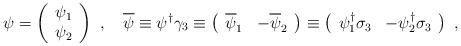
\begin{align*}\psi=\left(\begin{array}{c}\psi_{1}\\\psi_{2}\end{array}\right)\ ,\quad\overline\psi\equiv\psi^{\dag}\gamma_{3}\equiv\left(\begin{array}{cc}\overline\psi_{1}&-\overline\psi_{2}\end{array}\right)\equiv\left(\begin{array}{cc}\psi_{1}^{\dag}\sigma_{3}&-\psi_{2}^{\dag}\sigma_{3}\end{array}\right)\ ,\end{align*}